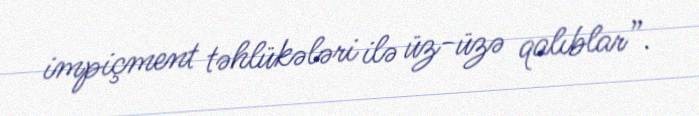
impiçment təhlükələri ilə üz-üzə qalıblar”.